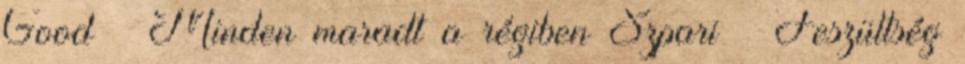
Good – Minden maradt a régiben Szpari – Feszültség